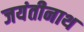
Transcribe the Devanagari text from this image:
जयंतीनाथ